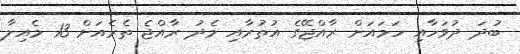
ބުދަ ދުވަހާއި ހަމައަށް ރާއްޖޭގެ އުތުރާއި މެދު ރާއްޖެ ތެރެއަށް 13 މެއިލާ